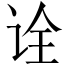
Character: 诠